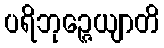
ပရိဘုဉ္ဇေယျာတိ